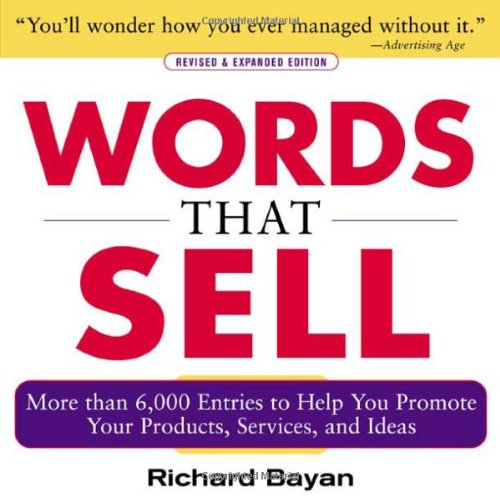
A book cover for Words that Sell: More than 6000 Entries to Help You Promote Your Products, Services, and Ideas; Richard Bayan; Business & Money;